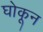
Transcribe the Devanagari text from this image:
घोकून